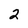
Character: 2